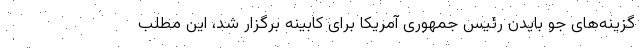
گزینه‌های جو بایدن رئیس جمهوری آمریکا برای کابینه برگزار شد، این مطلب